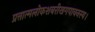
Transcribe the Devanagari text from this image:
प्रत्तात्मलोकशबरीखगपावनस्य।